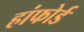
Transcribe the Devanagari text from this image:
हांफोर्ड